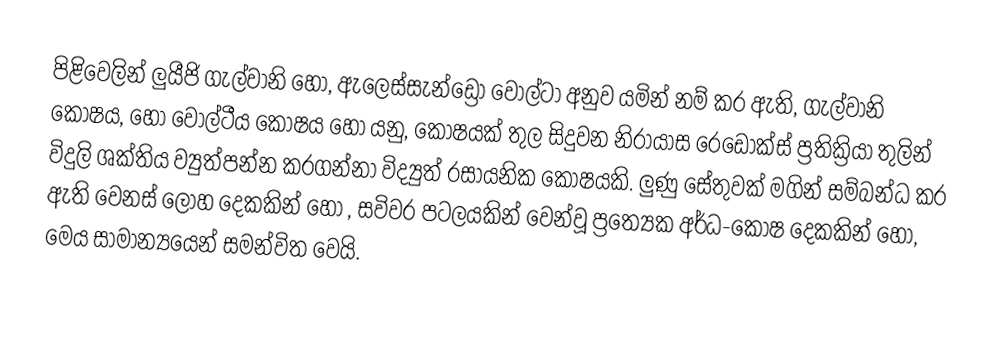
පිළිවෙලින් ලුයීජි ගැල්වානි හෝ, ඇලෙස්සැන්ඩ්‍රෝ වෝල්ටා  අනුව යමින් නම් කර ඇති, ගැල්වානි කෝෂය, හෝ  වෝල්ටීය කෝෂය හෝ යනු, කෝෂයක් තුල සිදුවන නිරායාස රෙඩොක්ස් ප්‍රතික්‍රියා තුලින් විදුලි ශක්තිය ව්‍යුත්පන්න කරගන්නා  විද්‍යුත් රසායනික කෝෂයකි. ලුණු සේතුවක් මගින් සම්බන්ධ කර ඇති වෙනස් ලෝහ දෙකකින් හෝ , සවිවර  පටලයකින් වෙන්වූ ප්‍රත්‍යෙක අර්ධ-කෝෂ දෙකකින් හෝ, මෙය සාමාන්‍යයෙන් සමන්විත වෙයි.